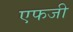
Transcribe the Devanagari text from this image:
एफजी